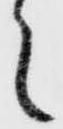
々